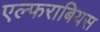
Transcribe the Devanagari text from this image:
एल्फराबियस